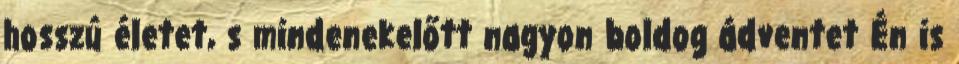
hosszú életet, s mindenekelőtt nagyon boldog ádventet Én is